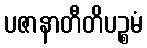
ပဇာနာတီတိပဉ္စမံ